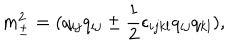
m _ { \pm } ^ { 2 } = ( q _ { i j } q _ { i j } \pm { \frac { 1 } { 2 } } \epsilon _ { i j k l } q _ { i j } q _ { k l } ) ,